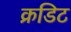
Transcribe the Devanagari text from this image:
क्रडिट